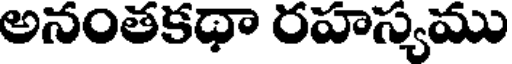
అనంతకథా రహస్యము